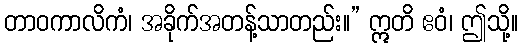
တာဝကာလိကံ၊ အခိုက်အတန့်သာတည်း။” ဣတိ ဧဝံ၊ ဤသို့။